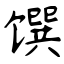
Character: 馔